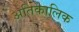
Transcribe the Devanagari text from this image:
अतिकालिक